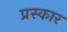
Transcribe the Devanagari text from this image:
प्रस्कार